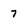
Character: 7